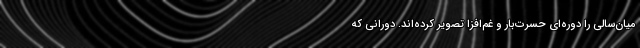
میان‌سالی را دوره‌ای حسرت‌بار و غم‌افزا تصویر کرده‌اند. دورانی که